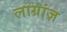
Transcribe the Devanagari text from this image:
लाग्रांज़